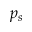
p _ { s }